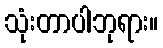
သုံးတာပါဘုရား။